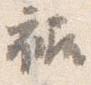
裾